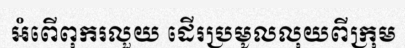
អំពើពុករលួយ ដើរប្រមូលលុយពីក្រុម